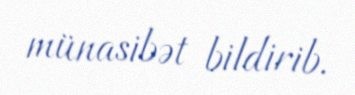
münasibət bildirib.